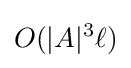
O(|A|^{3}\ell )